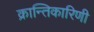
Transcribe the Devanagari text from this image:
क्रान्तिकारिणी